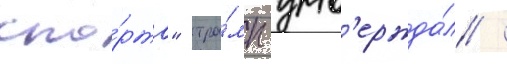
спо́рта" тра́мп утв'ержда́л /